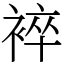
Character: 䘹